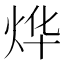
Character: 烨